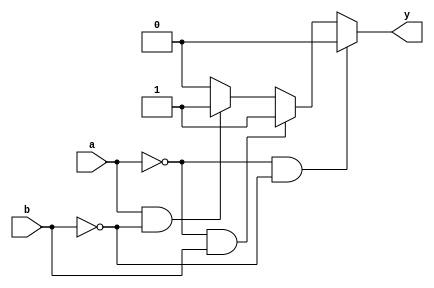
module combinational_logic (
    input wire a,      // First input
    input wire b,      // Second input
    output reg y      // Output
);

// Combinational logic block
always @(*) begin
    // Default output value
    y = 1'b0; // Default case to avoid latches

    // Conditional statements covering all combinations
    if (a == 1'b0 && b == 1'b0) begin
        y = 1'b0; // Case: (0, 0)
    end else if (a == 1'b0 && b == 1'b1) begin
        y = 1'b1; // Case: (0, 1)
    end else if (a == 1'b1 && b == 1'b0) begin
        y = 1'b1; // Case: (1, 0)
    end else if (a == 1'b1 && b == 1'b1) begin
        y = 1'b0; // Case: (1, 1)
    end
end

endmodule